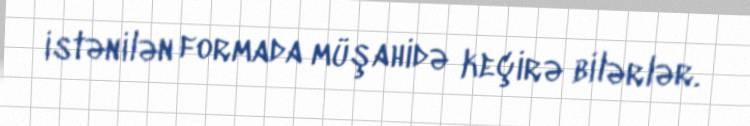
istənilən formada müşahidə keçirə bilərlər.